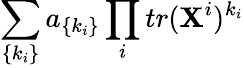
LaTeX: \sum_{\{ k_{i}\} }a_{\{ k_{i}\} }\prod_{i}tr(\mathbf{X}^{i})^{k_{i}}